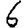
Digit: 6